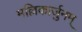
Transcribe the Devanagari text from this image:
मल्लिकार्जुनम्